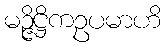
မဉ္ဇိဋ္ဌိကဥပမာဟိ